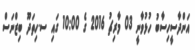
އަންދާސީހިސާބު ހުޅުވާނީ 03 މާރިޗު 2016 ގެ 10:00 ގައި ސ.ހިތަދޫ ބިޒްނަސް